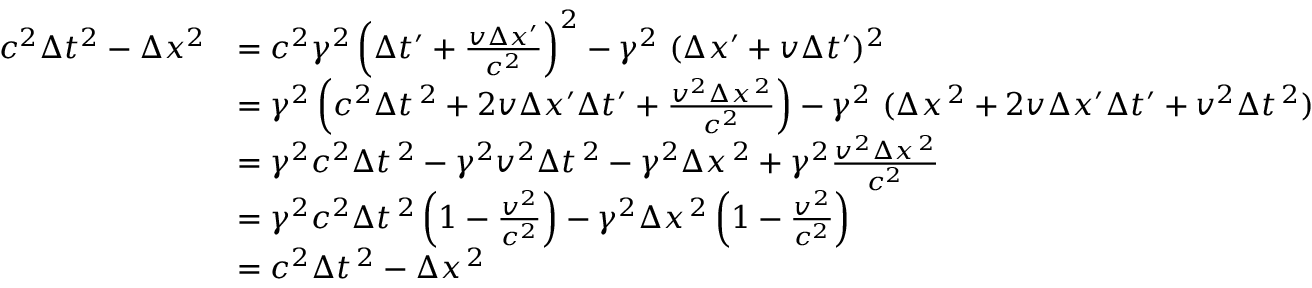
{ \begin{array} { r l } { c ^ { 2 } \Delta t ^ { 2 } - \Delta x ^ { 2 } } & { = c ^ { 2 } \gamma ^ { 2 } \left( \Delta t ^ { \prime } + { \frac { v \Delta x ^ { \prime } } { c ^ { 2 } } } \right) ^ { 2 } - \gamma ^ { 2 } \ ( \Delta x ^ { \prime } + v \Delta t ^ { \prime } ) ^ { 2 } } \\ & { = \gamma ^ { 2 } \left( c ^ { 2 } \Delta t ^ { \, 2 } + 2 v \Delta x ^ { \prime } \Delta t ^ { \prime } + { \frac { v ^ { 2 } \Delta x ^ { \, 2 } } { c ^ { 2 } } } \right) - \gamma ^ { 2 } \ ( \Delta x ^ { \, 2 } + 2 v \Delta x ^ { \prime } \Delta t ^ { \prime } + v ^ { 2 } \Delta t ^ { \, 2 } ) } \\ & { = \gamma ^ { 2 } c ^ { 2 } \Delta t ^ { \, 2 } - \gamma ^ { 2 } v ^ { 2 } \Delta t ^ { \, 2 } - \gamma ^ { 2 } \Delta x ^ { \, 2 } + \gamma ^ { 2 } { \frac { v ^ { 2 } \Delta x ^ { \, 2 } } { c ^ { 2 } } } } \\ & { = \gamma ^ { 2 } c ^ { 2 } \Delta t ^ { \, 2 } \left( 1 - { \frac { v ^ { 2 } } { c ^ { 2 } } } \right) - \gamma ^ { 2 } \Delta x ^ { \, 2 } \left( 1 - { \frac { v ^ { 2 } } { c ^ { 2 } } } \right) } \\ & { = c ^ { 2 } \Delta t ^ { \, 2 } - \Delta x ^ { \, 2 } } \end{array} }